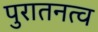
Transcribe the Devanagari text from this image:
पुरातनत्व